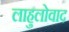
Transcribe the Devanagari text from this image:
लाहुलोवाद